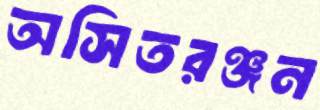
অসিতরঞ্জন